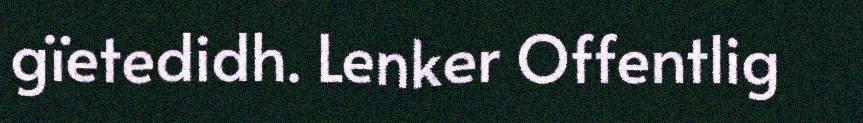
gïetedidh. Lenker Offentlig